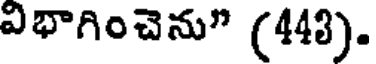
విభాగించెను" (443).